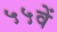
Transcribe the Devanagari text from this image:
५५वें